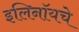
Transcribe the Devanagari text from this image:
इलिनॉयचे